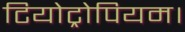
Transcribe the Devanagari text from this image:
टियोट्रोपियम।